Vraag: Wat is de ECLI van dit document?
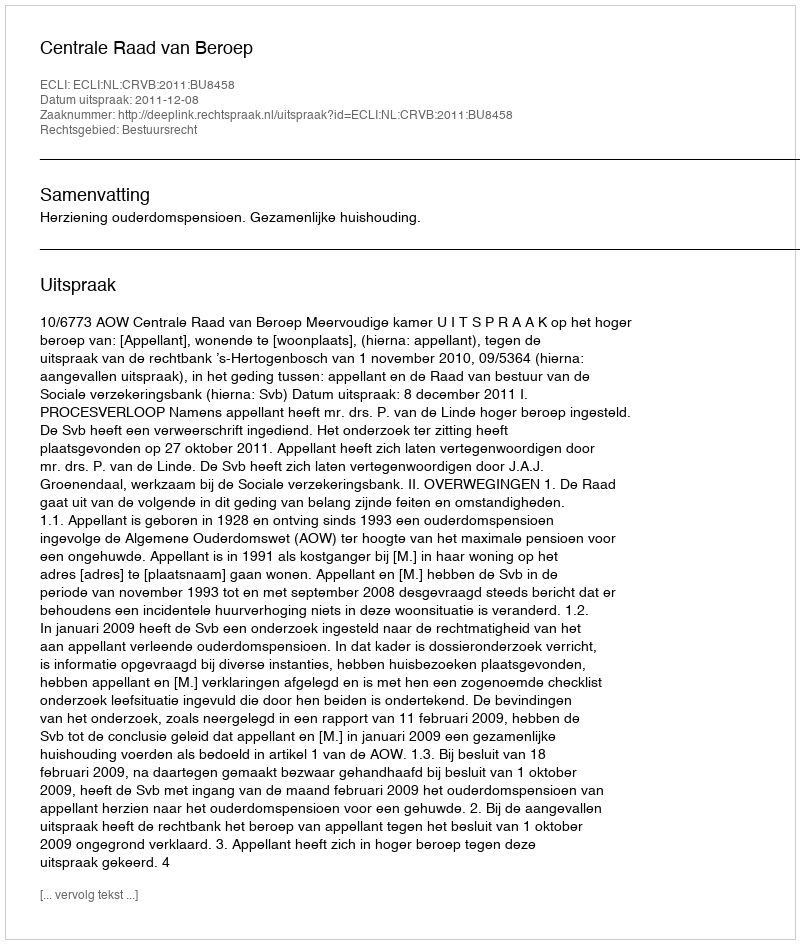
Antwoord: ECLI:NL:CRVB:2011:BU8458